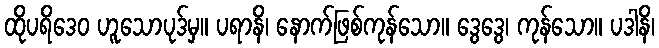
ထိုပရိဒေဝ ဟူသောပုဒ်မှ။ ပရာနိ၊ နောက်ဖြစ်ကုန်သော။ ဒွေဒွေ၊ ကုန်သော။ ပဒါနိ၊